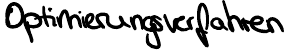
Optimierungsverfahren